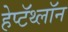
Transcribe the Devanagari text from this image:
हेप्टॅथ्‍लॉन